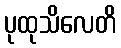
ပုထုသိလေတိ